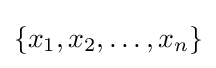
\{x_{1},x_{2},\dots ,x_{n}\}